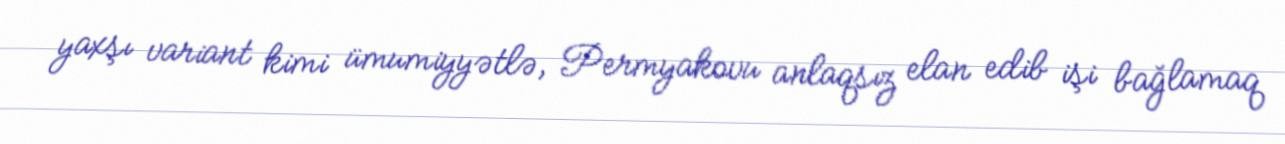
yaxşı variant kimi ümumiyyətlə, Permyakovu anlaqsız elan edib işi bağlamaq